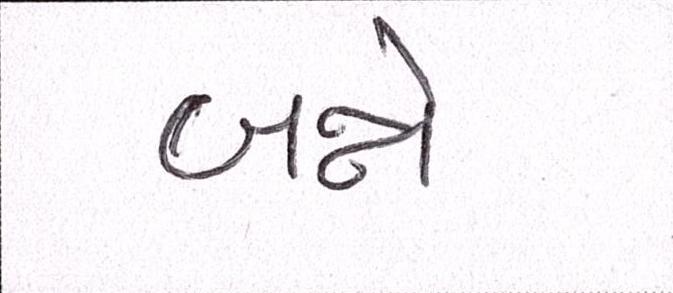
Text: બન્ને